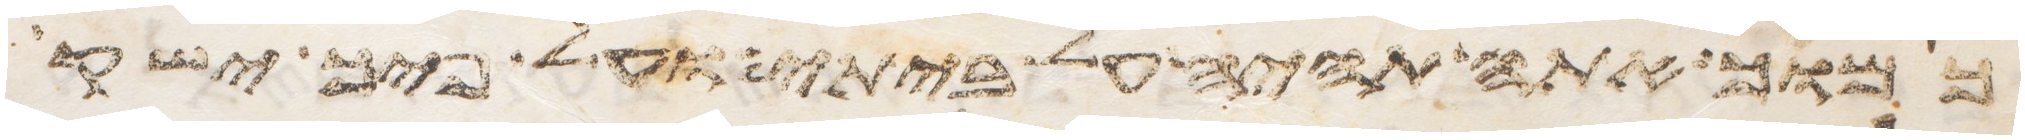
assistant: כמוך אתה תהיה על ביתי ועל פיך ישק